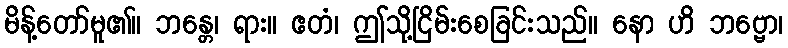
မိန့်တော်မူ၏။ ဘန္တေ၊ ရား။ ဧတံ၊ ဤသို့ငြိမ်းစေခြင်းသည်။ နော ဟိ ဘဗ္ဗော၊